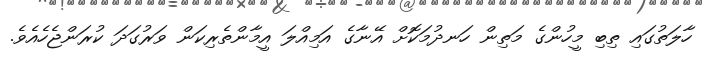
ހާލަތުގައި ތިބި މީހުންގެ މަތިން ހަނދުމަކޮށް އޭނާގެ އަމިއްލަ އީމާންތެރިކަން ވަރުގަދަ ކުރަންޖެހެއެވެ.